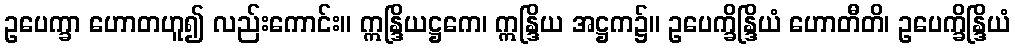
ဥပေက္ခာ ဟောတဟူ၍ လည်းကောင်း။ ဣန္ဒြိယဋ္ဌကေ၊ ဣန္ဒြိယ အဋ္ဌက၌။ ဥပေက္ခိန္ဒြိယံ ဟောတီတိ၊ ဥပေက္ခိန္ဒြိယံ